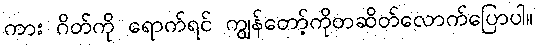
ကား ဂိတ်ကို ရောက်ရင် ကျွန်တော့်ကိုတဆိတ်လောက်ပြောပါ။